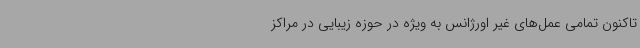
تاکنون تمامی عمل‌های غیر اورژانس به ویژه در حوزه زیبایی در مراکز